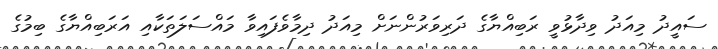
ސައީދު މިއަދު ވިދާޅުވީ ރަބިއްޔާގެ ދަރިވަރުންނަށް މިއަދު ދިމާވެފައިވާ މައްސަލަތަކާއި އަރަބިއްޔާގެ ބިމުގެ